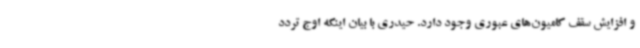
و افزایش سقف کامیون‌های عبوری وجود دارد. حیدری با بیان اینکه اوج تردد